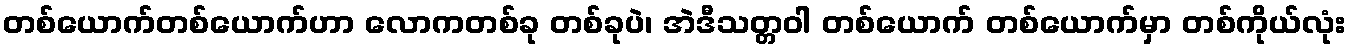
တစ်ယောက်တစ်ယောက်ဟာ လောကတစ်ခု တစ်ခုပဲ၊ အဲဒီသတ္တဝါ တစ်ယောက် တစ်ယောက်မှာ တစ်ကိုယ်လုံး